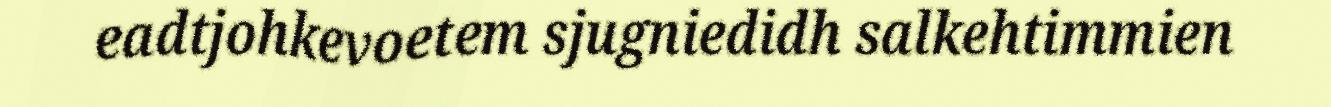
eadtjohkevoetem sjugniedidh salkehtimmien